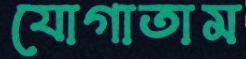
যোগাতাম